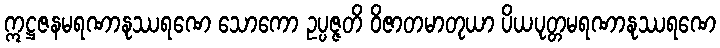
ဣဋ္ဌဇနမရဏာနုဿရဏေ သောကော ဥပ္ပဇ္ဇတိ ဝိဇာတမာတုယာ ပိယပုတ္တမရဏာနုဿရဏေ